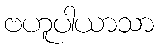
ဗဟူပါယာသာ